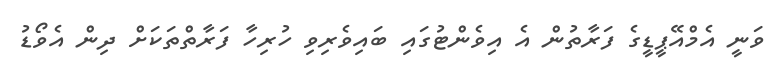
ވަނީ އެމްއޭޕީޑީގެ ފަރާތުން އެ އިވެންޓުގައި ބައިވެރިވި ހުރިހާ ފަރާތްތަކަށް ދިން އެވޯޑު